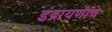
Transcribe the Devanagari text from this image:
इंद्रायणींचे